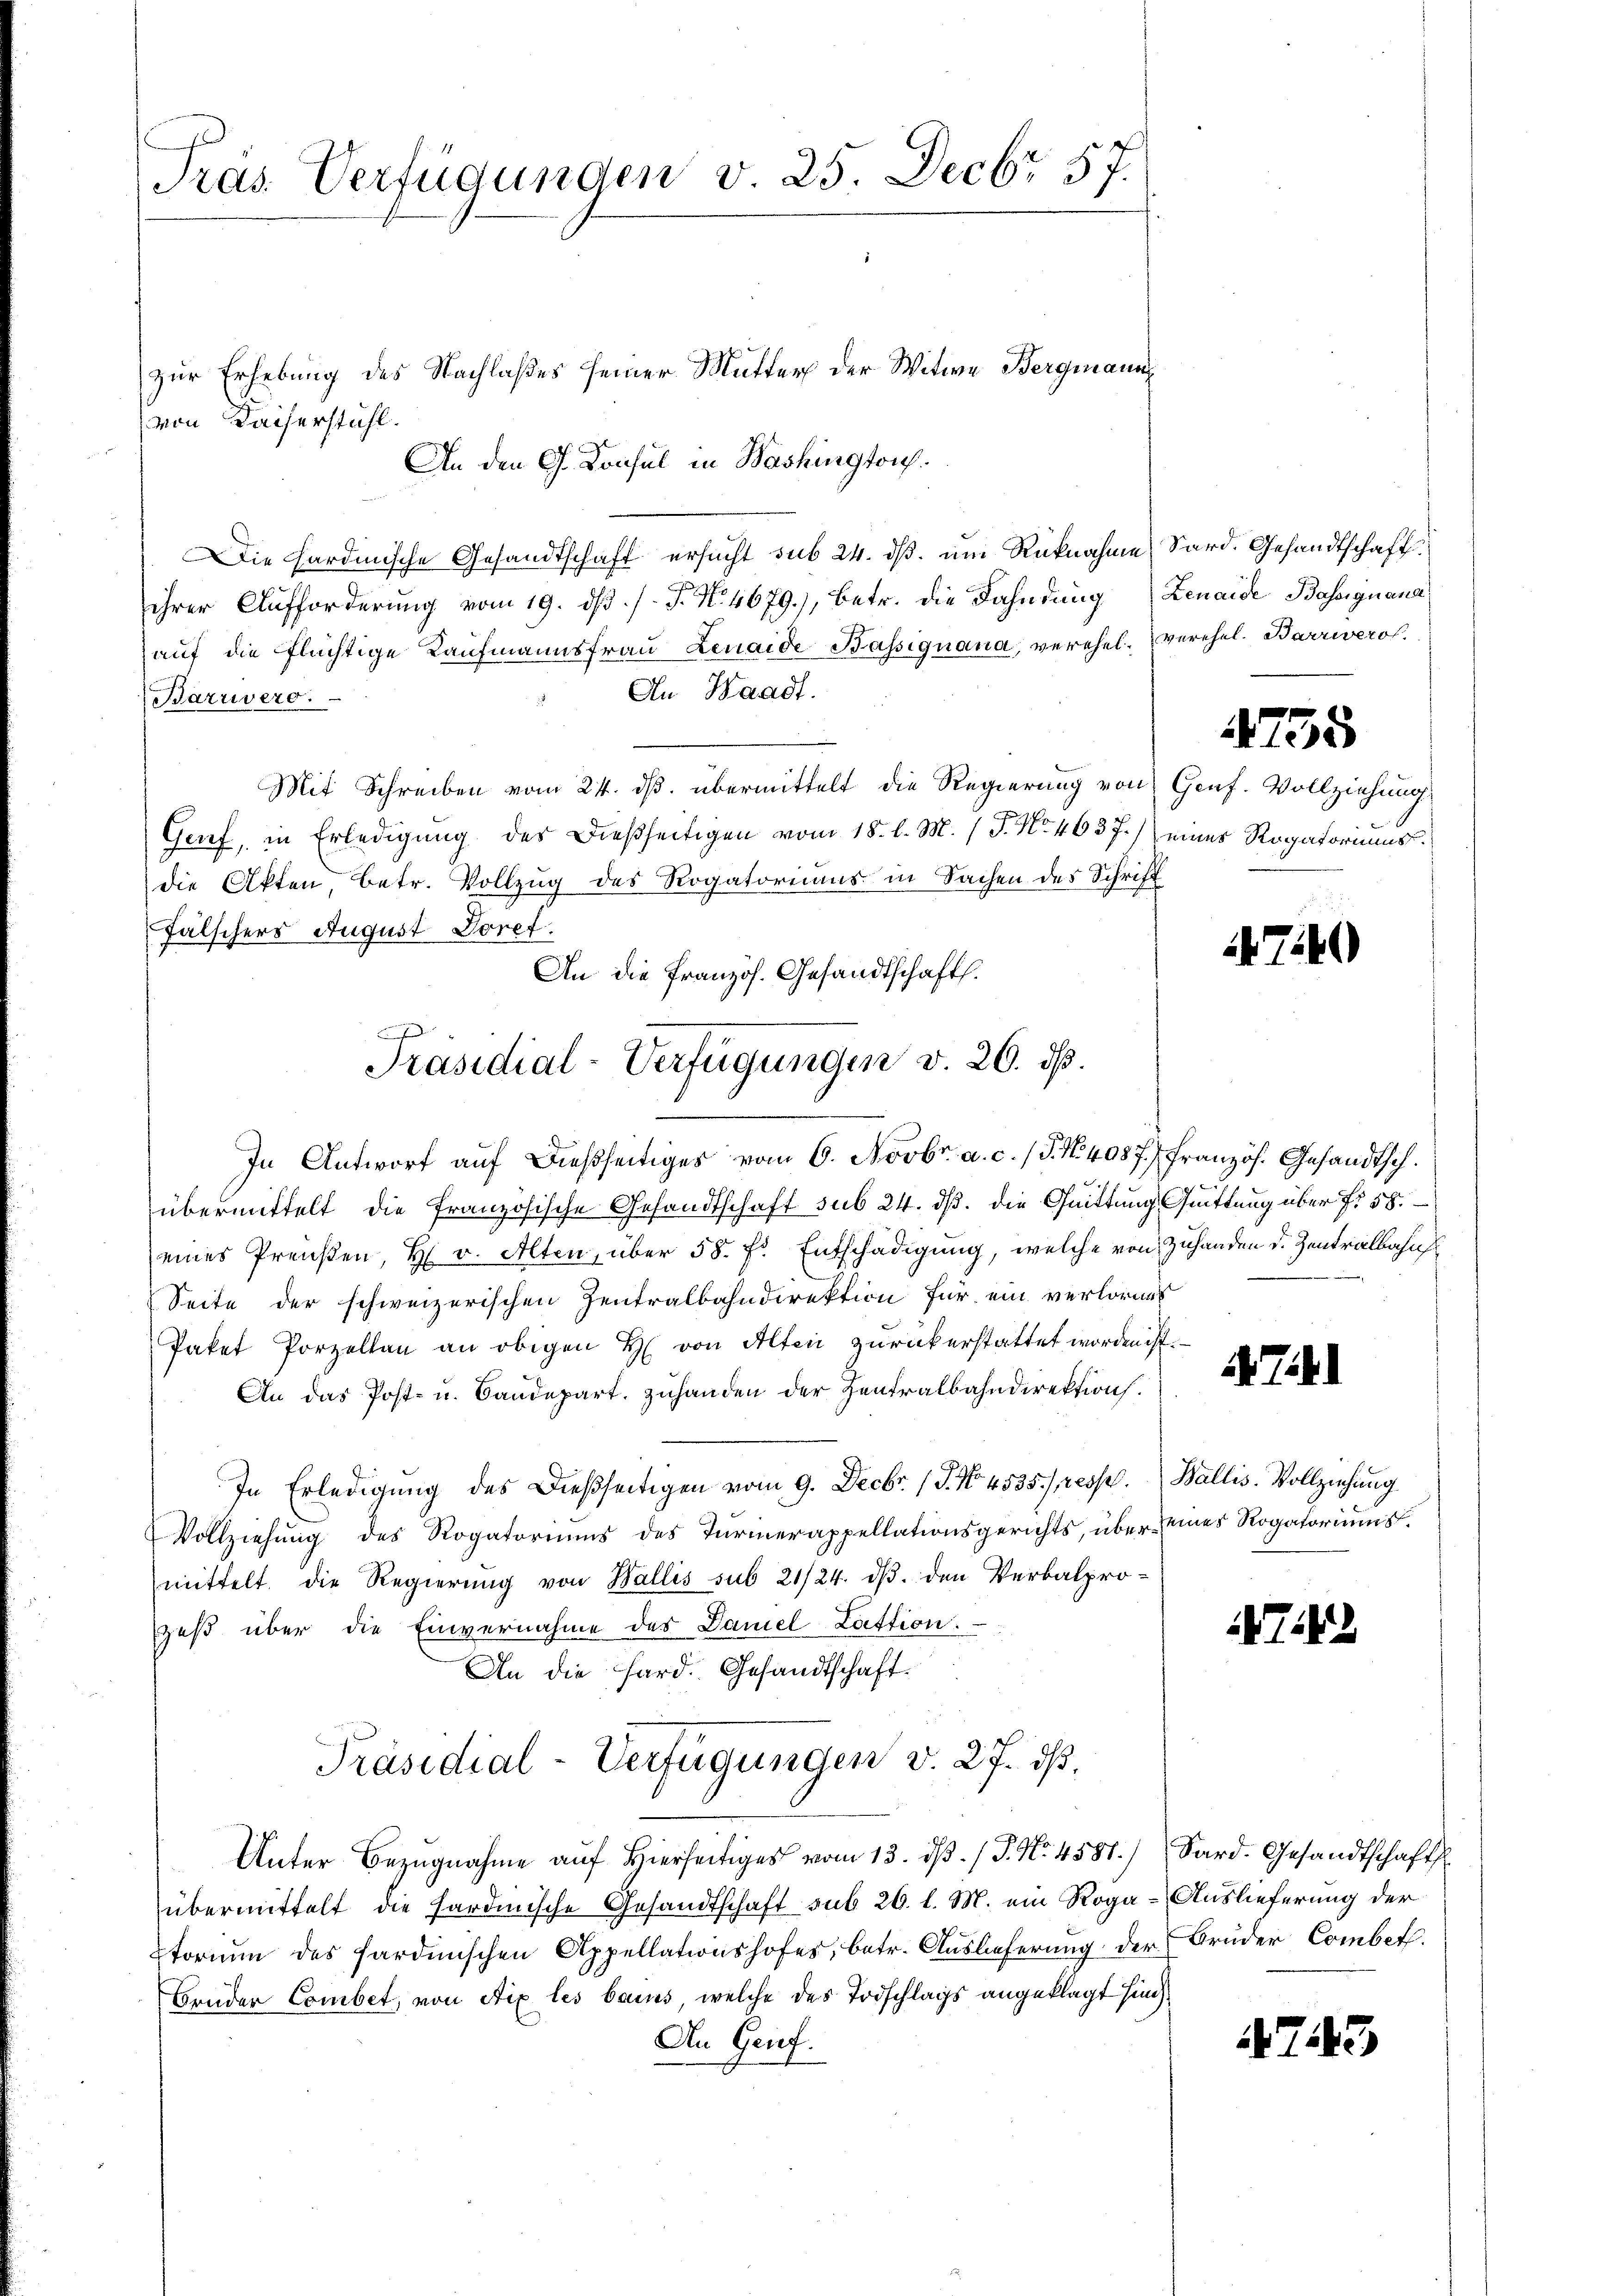
Pras Verfügungen v. 25. Decbr 57.

zur Erhebung des Nachlaßes seiner Mutter der Witwe Bergmann
von Kaiserstühl.
An den Ch. Konsul in Washington
Die Hardinische Gesandtschaft ersucht sub 24. ds. um Rücknahme Sard. Gesandtschaft
ihrer Aufforderung vom 19. ds. /. P. N. 4679), betr. die Fahndung Renaide Bassignana
auf die Flüchtige Kaufmannsfrau Lenaide Bassignana, verehel. verehel. Barrivero
An Waadt.
Barrivers.
Mit Schreiben vom 24. ds. übermittelt die Regierung von Genf. Vollziehung
Grief, in Erledigung des dießseitigen vom 18. d. M. (T. No. 4637.) eines Rogatoriums.
die Akten, betr. Vollzug des Rogatoriums in Sachen des Schrift
Fälschers August Josef.
An die Pranzös. Gesandtschaft.
In Antwort auf dießseitiges vom 6. Novbr. a. c. / 5. No 4087. Französ. Gesandtsch.
übermittelt die französische Gesandtschaft sub 24. dß. die Quittung Quittung über fr 58.
eines Preußen, H. v. Alten, über 58. fl. Entschädigung, welche von Zuhanden d. Zentralbahn
Seite der schweizerischen Zentralbahndirektion für ein verlornes
Paket Porzellan an obigen H. von Alten zurückerstattet worden ist.
Tahl
An das Post- u. Bandepart. Zuhanden der Zentralbahndirektion.
In Erledigung des Dießseitigen vom 9. Decbr. (T. No. 4535 /resse. Wallis. Vollziehung
Vollziehung des Rogatoriums des Turmerappellationsgerichts, über eines Rogatoriumsmittelt. Die Regierung von Wallis sub 21/24. ds. den Verbalprozes über die Einvernahme des Daniel Lattion.
72
An die Hard. Gesandtschaft.
Präsidial-Verfügungen v. 27. ds.
Unter Bezŭgnahme aŭf hierseitiges vom 13. dβ. / J. No. 4581.) Sard. Gesandtschaft
übermittelt die sardinische Gesandtschaft sub 26. l. M. ein Roga-Auslieferung der
torium des sardinischen Appellationshofes, betr. Auslieferung der Brüder Combet.
Brüder Combet, von Aix les baues, welche des Todschlags angeklagt sind.
An Geif.
4743

Präsidial-Verfügungen v. 26. ds.

4755

740)